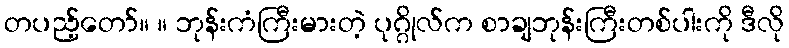
တပည့်တော်။ ။ ဘုန်းကံကြီးမားတဲ့ ပုဂ္ဂိုလ်က စာချဘုန်းကြီးတစ်ပါးကို ဒီလို